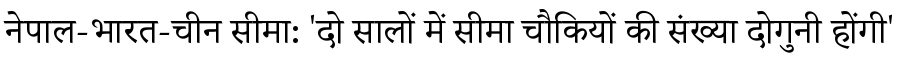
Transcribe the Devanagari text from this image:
नेपाल-भारत-चीन सीमा: 'दो सालों में सीमा चौकियों की संख्या दोगुनी होंगी'